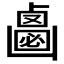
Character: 𠚝